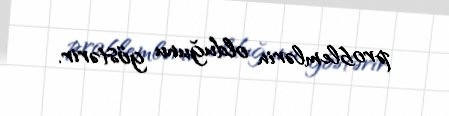
problemlərin olduğunu göstərir.